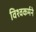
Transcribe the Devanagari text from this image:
विश्वकर्मने